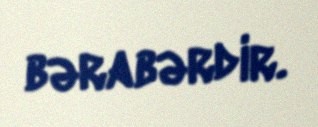
bərabərdir.